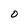
Character: O